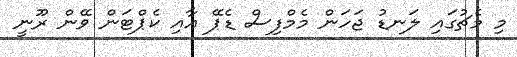
މި މެޗުގައި ލަނޑު ޖަހަން މެމްފިސް ޑެޕޭ އާއި ކެޕްޓަން ވޭން ރޫނީ